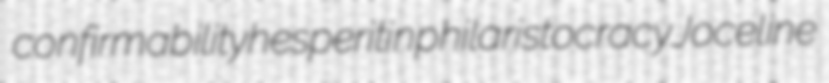
confirmability hesperitin philaristocracy Joceline